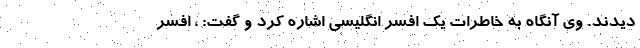
دیدند. وی آنگاه به خاطرات یک افسر انگلیسی اشاره کرد و گفت: ، افسر